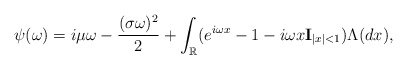
\begin{align*}\psi(\omega )= i\mu \omega - \frac{(\sigma \omega )^2 }{2} + \int_{\mathbb{R}}(e^{i \omega x}-1-i\omega x {\bf I}_{|x|<1})\Lambda(dx),\end{align*}